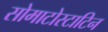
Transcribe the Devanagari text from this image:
सोमाटोस्टाटिन